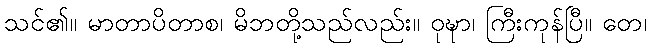
သင်၏။ မာတာပိတာစ၊ မိဘတို့သည်လည်း။ ဝုဍ္ဎာ၊ ကြီးကုန်ပြီ။ တေ၊